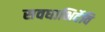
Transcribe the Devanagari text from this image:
सवधाभिर्देवि